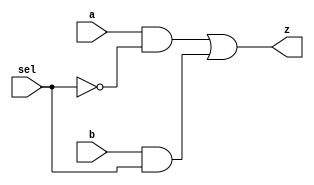


module mux2x1(
  input a, b, sel,
  output z
);

  assign z = a & ~sel | b & sel;

endmodule